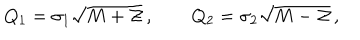
Q _ { 1 } = \sigma _ { 1 } \sqrt { M + { \cal Z } } \, , \qquad Q _ { 2 } = \sigma _ { 2 } \sqrt { M - { \cal Z } } \, ,